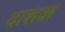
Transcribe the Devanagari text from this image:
दाशक